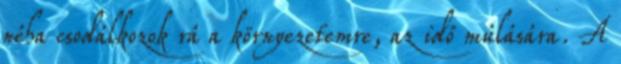
néha csodálkozok rá a környezetemre, az idő múlására. A